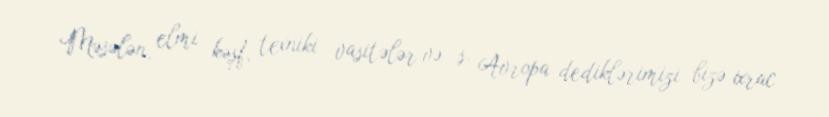
Məsələn, elmi kəşf, texniki vasitələr və s. Avropa dediklərimizi bizə ixrac